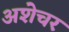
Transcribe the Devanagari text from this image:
अशेचर